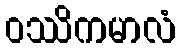
ဝဿိကမာလံ